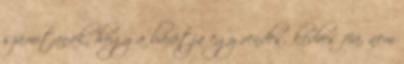
számítanak, hogy a barátja egy rendes, kedves fiú, nem